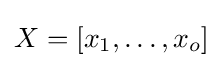
X=[x_{1},\ldots ,x_{o}]